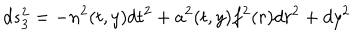
LaTeX: d s _ { 3 } ^ { 2 } = - n ^ { 2 } ( t , y ) d t ^ { 2 } + a ^ { 2 } ( t , y ) f ^ { 2 } ( r ) d r ^ { 2 } + d y ^ { 2 }